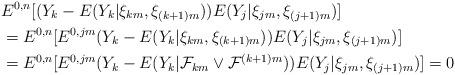
LaTeX: \begin{align*}& E^{0,n}[(Y_{k}-E(Y_{k}|\xi_{km},\xi_{(k+1)m}))E(Y_{j}|\xi_{jm},\xi_{(j+1)m})]\\& =E^{0,n}[E^{0,jm}(Y_{k}-E(Y_{k}|\xi_{km},\xi_{(k+1)m}))E(Y_{j}|\xi_{jm},\xi_{(j+1)m})]\\& =E^{0,n}[E^{0,jm}(Y_{k}-E(Y_{k}|\mathcal{F}_{km}\vee\mathcal{F}^{(k+1)m}))E(Y_{j}|\xi_{jm},\xi_{(j+1)m})]=0\end{align*}